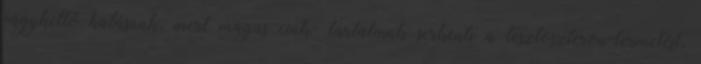
vágykeltő hatásúak, mert magas cink- tartalmuk serkenti a tesztoszteron-termelést,